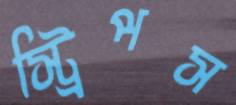
স্ট্রিপস